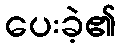
ပေးခဲ့၏